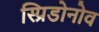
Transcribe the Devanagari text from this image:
स्प्रिडोनोव